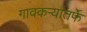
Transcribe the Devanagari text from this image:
गावकऱ्यांतर्फे